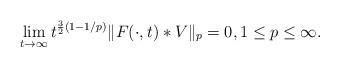
LaTeX: \begin{align*} \lim_{t\to\infty} t^{\frac32(1-1/p)} \| F(\cdot,t)*V\|_p=0, 1\le p\le\infty.\end{align*}